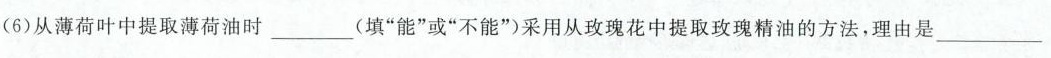
从薄荷叶中提取薄荷油时___(填”能”或”不能”)采用从玫瑰花中提取玫瑰精油的方法，理由是___